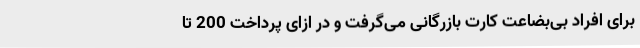
برای افراد بی‌بضاعت کارت بازرگانی می‌گرفت و در ازای پرداخت 200 تا